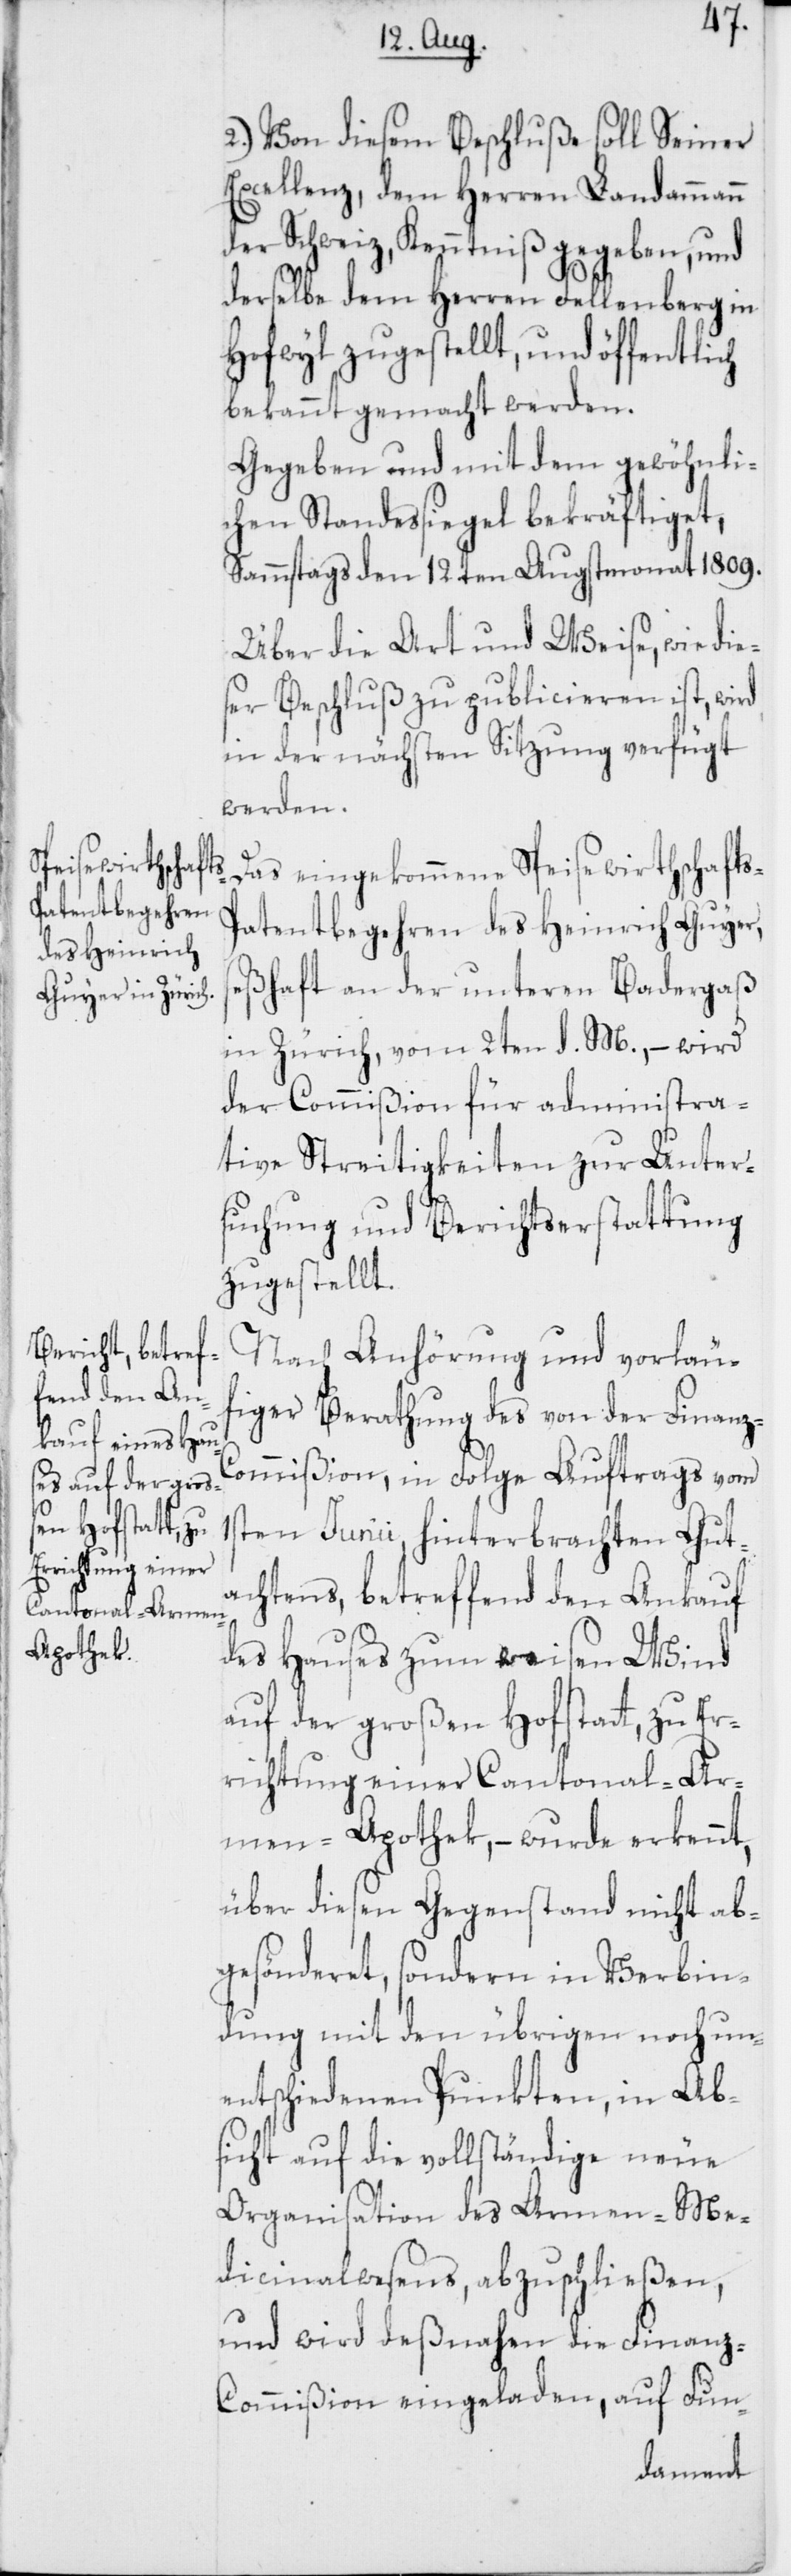
ch
2.) Von diesem Beschluße soll Seiner
Excellenz, dem Herren Landammann
der Schweiz, Kenntniß gegeben, und
derselbe dem Herren Fellenberg in
Hofwyl zugestellt, und öffentli¬
bekannt gemacht werden.
Gegeben und mit dem gewöhnli¬
chen Standesiegel bekräftiget,
Sammstags den 12ten Augstmonat 1809.
Über die Art und Weise, wie die¬
ser Beschluß zu publicieren ist, wird
in der nächsten Sitzung verfügt
werden.
Das eingekommene Speisewirthschafts-P¬
atentbegehren des Heinrich Guyer,
seßhaft an der unteren Badergaß
in Zürich, vom 2ten d. M., – wird
der Commißion für administra¬
tive Streitigkeiten zur Unter¬
suchung und Berichtserstattung
zugestellt.
Nach Anhörung und vorläu¬
figer Berathung des von der Finanz-C¬
ommißion, in Folge Auftrags vom
1sten Junii hinterbrachten Gut¬
achtens, betreffend den Ankauf
des Hauses zum weisen Wind
auf der großen Hofstatt, zu Er¬
richtung einer Cantonal-Ar¬
men-Apothek, – wurde erkennt,
über diesen Gegenstand nicht ab¬
gesönderet, sondern in Verbin¬
dung mit den übrigen noch un¬
entschiedenen Punkten, in Ab¬
sicht auf die vollständige neue
Organisation des Armen-Me¬
dicinalwesens, abzuschließen,
und wird deßnahen die Finanz-C¬
ommißion eingeladen, auf Fun-